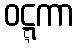
ဝဋ္ဋကာ